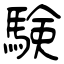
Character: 験